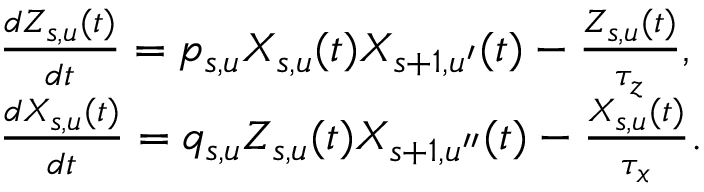
\begin{array} { r l } & { \frac { d Z _ { s , u } ( t ) } { d t } = p _ { s , u } X _ { s , u } ( t ) X _ { s + 1 , u ^ { \prime } } ( t ) - \frac { Z _ { s , u } ( t ) } { \tau _ { z } } , } \\ & { \frac { d X _ { s , u } ( t ) } { d t } = q _ { s , u } Z _ { s , u } ( t ) X _ { s + 1 , u ^ { \prime \prime } } ( t ) - \frac { X _ { s , u } ( t ) } { \tau _ { x } } . } \end{array}